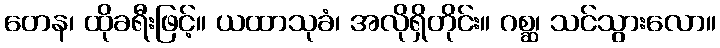
တေန၊ ထိုခရီးဖြင့်။ ယထာသုခံ၊ အလိုရှိတိုင်း။ ဂစ္ဆ၊ သင်သွားလော။